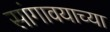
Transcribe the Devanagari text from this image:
सांगावयाच्या